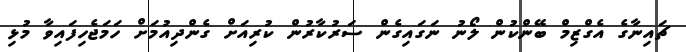
ޗައިނާގެ އެގްޒިމް ބޭންކުން ލޯނު ނަގައިގެން ސަރުކާރުން ކުރިއަށް ގެންދިއުމަށް ހަމަޖެހިފައިވާ މުޅި